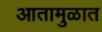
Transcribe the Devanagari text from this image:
आतामुळात